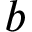
b